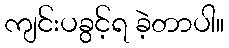
ကျင်းပခွင့်ရ ခဲ့တာပါ။